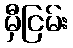
မှီငြမ်း